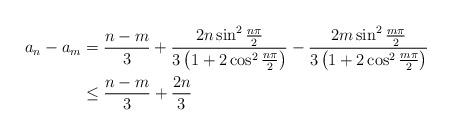
LaTeX: \begin{align*}a_n-a_m&=\frac{n-m}{3}+\frac{2n\sin^{2}\frac{n\pi}{2}}{3\left(1+2\cos^{2}\frac{n\pi}{2}\right)}-\frac{2m\sin^{2}\frac{m\pi}{2}}{3\left(1+2\cos^{2}\frac{m\pi}{2}\right)}\\&\leq \frac{n-m}{3}+\frac{2n}{3}\end{align*}